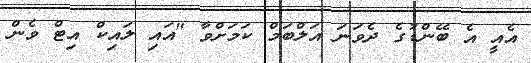
އެއީ އެ ބޭންޑުގެ ދެވަނަ އަލްބަމް ކަމަށްވާ "އައި ލައިކް އިޓް ވެން